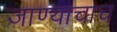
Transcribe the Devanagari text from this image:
जाण्याचाच